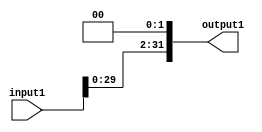
`ifndef MODULE_SHIFTLEFT2
`define MODULE_SHIFTLEFT2
`timescale 1ns / 1ps

module ShiftLeft2(
    input [31:0] input1,
    output reg [31:0] output1
    );
    always @(input1) begin
        output1 = input1 << 2;
    end
endmodule
`endif